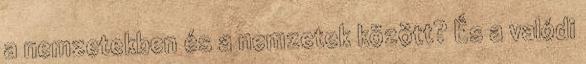
a nemzetekben és a nemzetek között? És a valódi